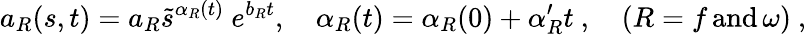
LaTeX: a_{R}(s,t)=a_{R}\tilde{s}^{\alpha_{R}(t)}\ e^{b_{R}t},\quad\alpha_{R}(t)=\alpha_{R}(0)+\alpha_{R}^{\prime}t\ ,\quad(R=f\, \mathrm{and}\, \omega)\ ,